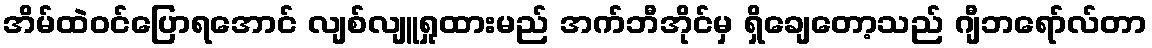
အိမ်ထဲဝင်ပြောရအောင် လျစ်လျူရှုထားမည် အက်ဘီအိုင်မှ ရှိချေတော့သည် ဂျီဘရော်လ်တာ